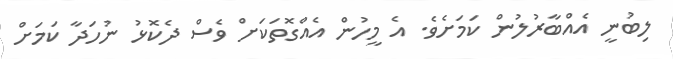
ލިބުނީ އެއްބާރުލުން ކަމަށެވެ. އެ މީހުން އެއްގޮތަކަށް ވެސް ދެކޮޅު ނުހަދާ ކަމަށް